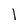
Character: 1